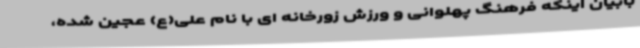
بابیان اینکه فرهنگ پهلوانی و ورزش زورخانه ای با نام علی(ع) عجین شده،